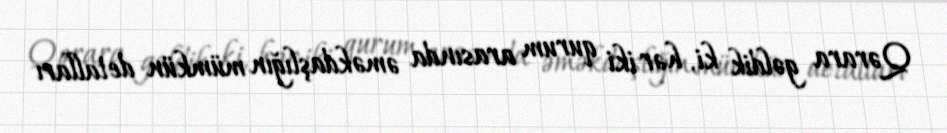
Qərara gəldik ki, hər iki qurum arasında əməkdaşlığın mümkün detalları